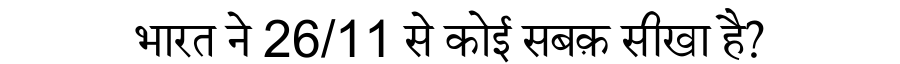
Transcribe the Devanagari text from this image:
भारत ने 26/11 से कोई सबक़ सीखा है?